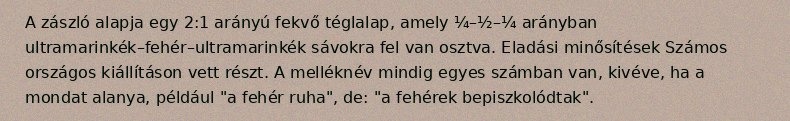
A zászló alapja egy 2:1 arányú fekvő téglalap, amely ¼–½–¼ arányban ultramarinkék–fehér–ultramarinkék sávokra fel van osztva. Eladási minősítések Számos országos kiállításon vett részt. A melléknév mindig egyes számban van, kivéve, ha a mondat alanya, például "a fehér ruha", de: "a fehérek bepiszkolódtak".